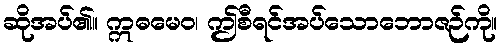
ဆိုအပ်၏။ ဣဓမေဝ၊ ဤစီရင်အပ်သောဘောဇဉ်ကို။